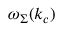
\omega _ { \Sigma } ( k _ { c } )